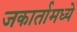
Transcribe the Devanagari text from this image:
जकार्तामध्ये